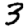
Digit: 3